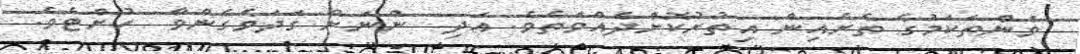
ވަންތަކަމުގެ ތެރެއިން އިތުރުކޮށްދެއްވަތެވެ. އަދި  ންނަށް ގަދަވެގެންވާ  ހުށްޓެވެ.